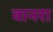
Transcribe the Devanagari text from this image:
वानरा